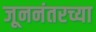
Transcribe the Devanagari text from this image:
जूननंतरच्या